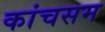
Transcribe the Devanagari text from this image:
कांचसम